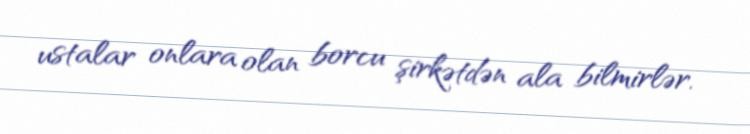
ustalar onlara olan borcu şirkətdən ala bilmirlər.